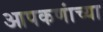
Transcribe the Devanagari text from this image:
आपकणांच्या